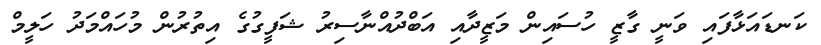
ކަނޑައަޅާފައި ވަނީ ގާޒީ ހުސައިން މަޒީދާއި އަބްދުއްނާސިރު ޝަފީގުގެ އިތުރުން މުހައްމަދު ހަލީމް